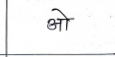
मजकूर: ओ